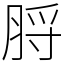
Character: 脟